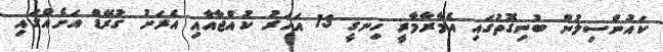
ކައުންސިލުން ބުނިގޮތުގައި އެމާރާމާރީ ހިނގީ 13 އަހަރު ކުއްޖާއާއި އެރަށު ގުރޭޑް އަށެއްގައި